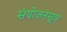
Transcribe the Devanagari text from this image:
संयोजनसूत्र